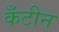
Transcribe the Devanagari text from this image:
कँटीन